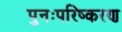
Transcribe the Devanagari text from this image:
पुनःपरिष्करण